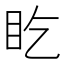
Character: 盵